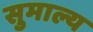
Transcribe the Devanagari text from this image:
सुमाल्य